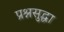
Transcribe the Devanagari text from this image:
प्रश्नसुद्धा